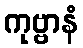
ကုဗ္ဗာနံ